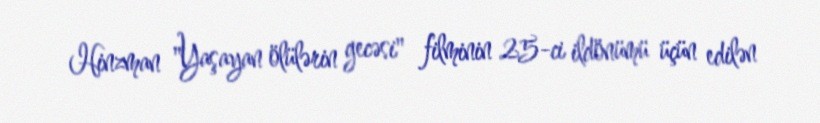
Hinzman "Yaşayan ölülərin gecəsi" filminin 25-ci ildönümü üçün edilən